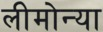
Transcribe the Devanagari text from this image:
लीमोन्या